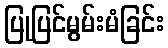
ပြုပြင်မွမ်းမံခြင်း